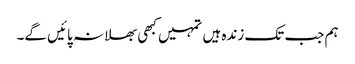
ہم جب تک زندہ ہیں تمہیں کبھی بھلا نہ پائیں گے۔